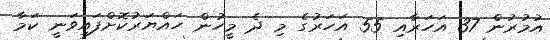
އުމުރުން 37 އަހަރާއި 55 އަހަރުގެ މި ދެ މީހުން ހައްޔަރުކޮށްފައިވަނީ ކަމާ